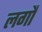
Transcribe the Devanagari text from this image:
लगौं